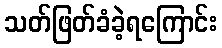
သတ်ဖြတ်ခံခဲ့ရကြောင်း